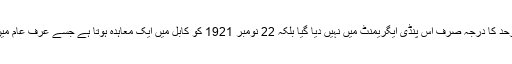
ڈیورند لائن کو بین الاقوامی سرحد کا درجہ صرف اس پنڈی ایگریمنٹ میں نہیں دیا گیا بلکہ 22 نومبر 1921 کو کابل میں ایک معاہدہ ہوتا ہے جسے عرف عام میں معاہدہ کابل بھی کہا جاتا ہے۔